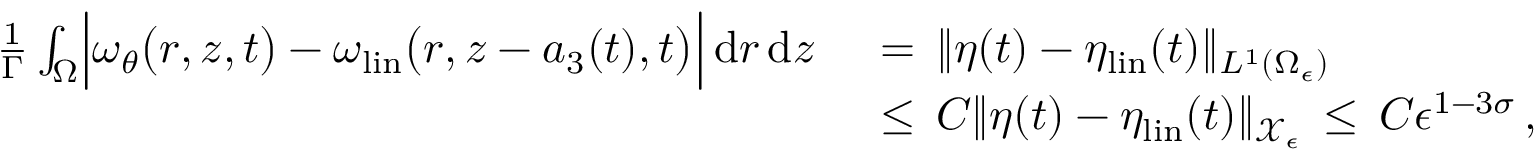
\begin{array} { r l } { \frac { 1 } { \Gamma } \int _ { \Omega } \Bigl | \omega _ { \theta } \bigl ( r , z , t \bigr ) - \omega _ { \mathrm { l i n } } \bigl ( r , z - a _ { 3 } ( t ) , t \bigr ) \Bigr | \, \mathrm { d } r \, \mathrm { d } z \, } & { { } = \, \| \eta ( t ) - \eta _ { \mathrm { l i n } } ( t ) \| _ { L ^ { 1 } ( \Omega _ { \epsilon } ) } } \\ { \, } & { { } \le \, C \| \eta ( t ) - \eta _ { \mathrm { l i n } } ( t ) \| _ { \mathcal { X } _ { \epsilon } } \, \le \, C \epsilon ^ { 1 - 3 \sigma } \, , } \end{array}